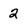
Character: 2